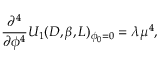
\frac { \partial ^ { 4 } } { \partial \phi ^ { 4 } } U _ { 1 } ( D , \beta , L ) _ { \phi _ { 0 } = 0 } = \lambda \mu ^ { 4 } ,